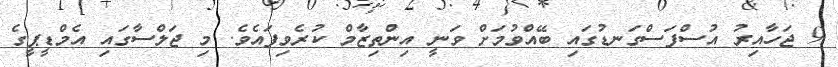
9 ޖަހާއިރު އުސްފަސްގަނޑުގައި ބޭއްވުމަށް ވަނީ އިންތިޒާމް ކުރެވިފައެވެ. މި ޖަލްސާގައި އެމްޑީޕީގެ